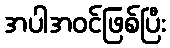
အပါအဝင်ဖြစ်ပြီး